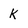
Character: k